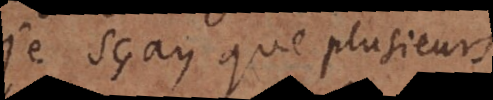
Je sçay que plusieurs